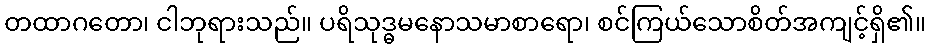
တထာဂတော၊ ငါဘုရားသည်။ ပရိသုဒ္ဓမနောသမာစာရော၊ စင်ကြယ်သောစိတ်အကျင့်ရှိ၏။